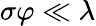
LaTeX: \sigma\varphi\ll\lambda